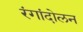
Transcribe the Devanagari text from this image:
रंगांदोलन